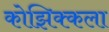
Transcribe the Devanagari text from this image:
कोझिक्कला